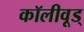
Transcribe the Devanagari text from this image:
कॉलीवूड्